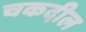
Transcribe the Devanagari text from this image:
चकदील